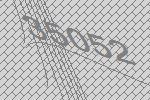
35052